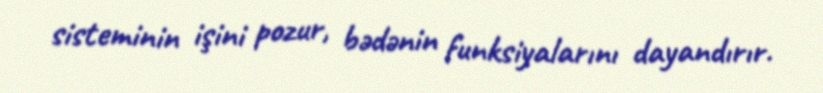
sisteminin işini pozur, bədənin funksiyalarını dayandırır.